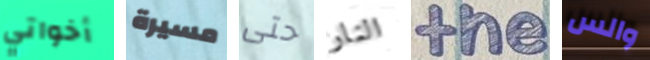
أخواتي مسيرة حتى النار the والس